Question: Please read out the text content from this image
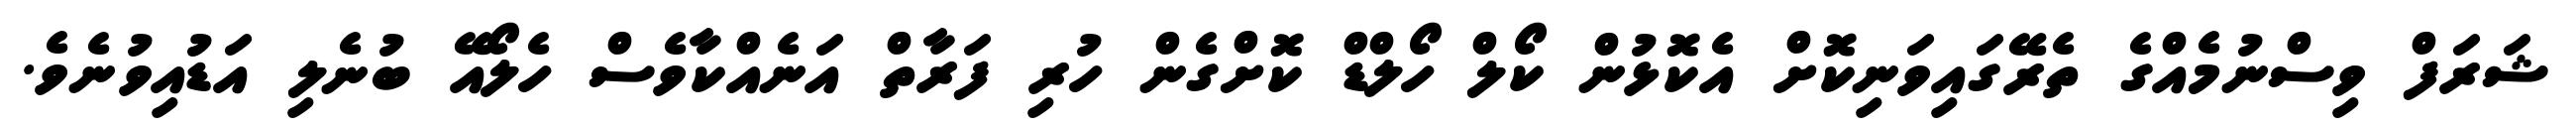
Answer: ޝަރަފް ވިސްނުމެއްގެ ތެރޭގައިވަނިކޮށް އެކޮޅުން ކޯލް ހޯލްޑް ކޮށްގެން ހުރި ފަރާތް އަނެއްކާވެސް ހެލޯއޭ ބުނެލި އަޑުއިވުނެވެ.